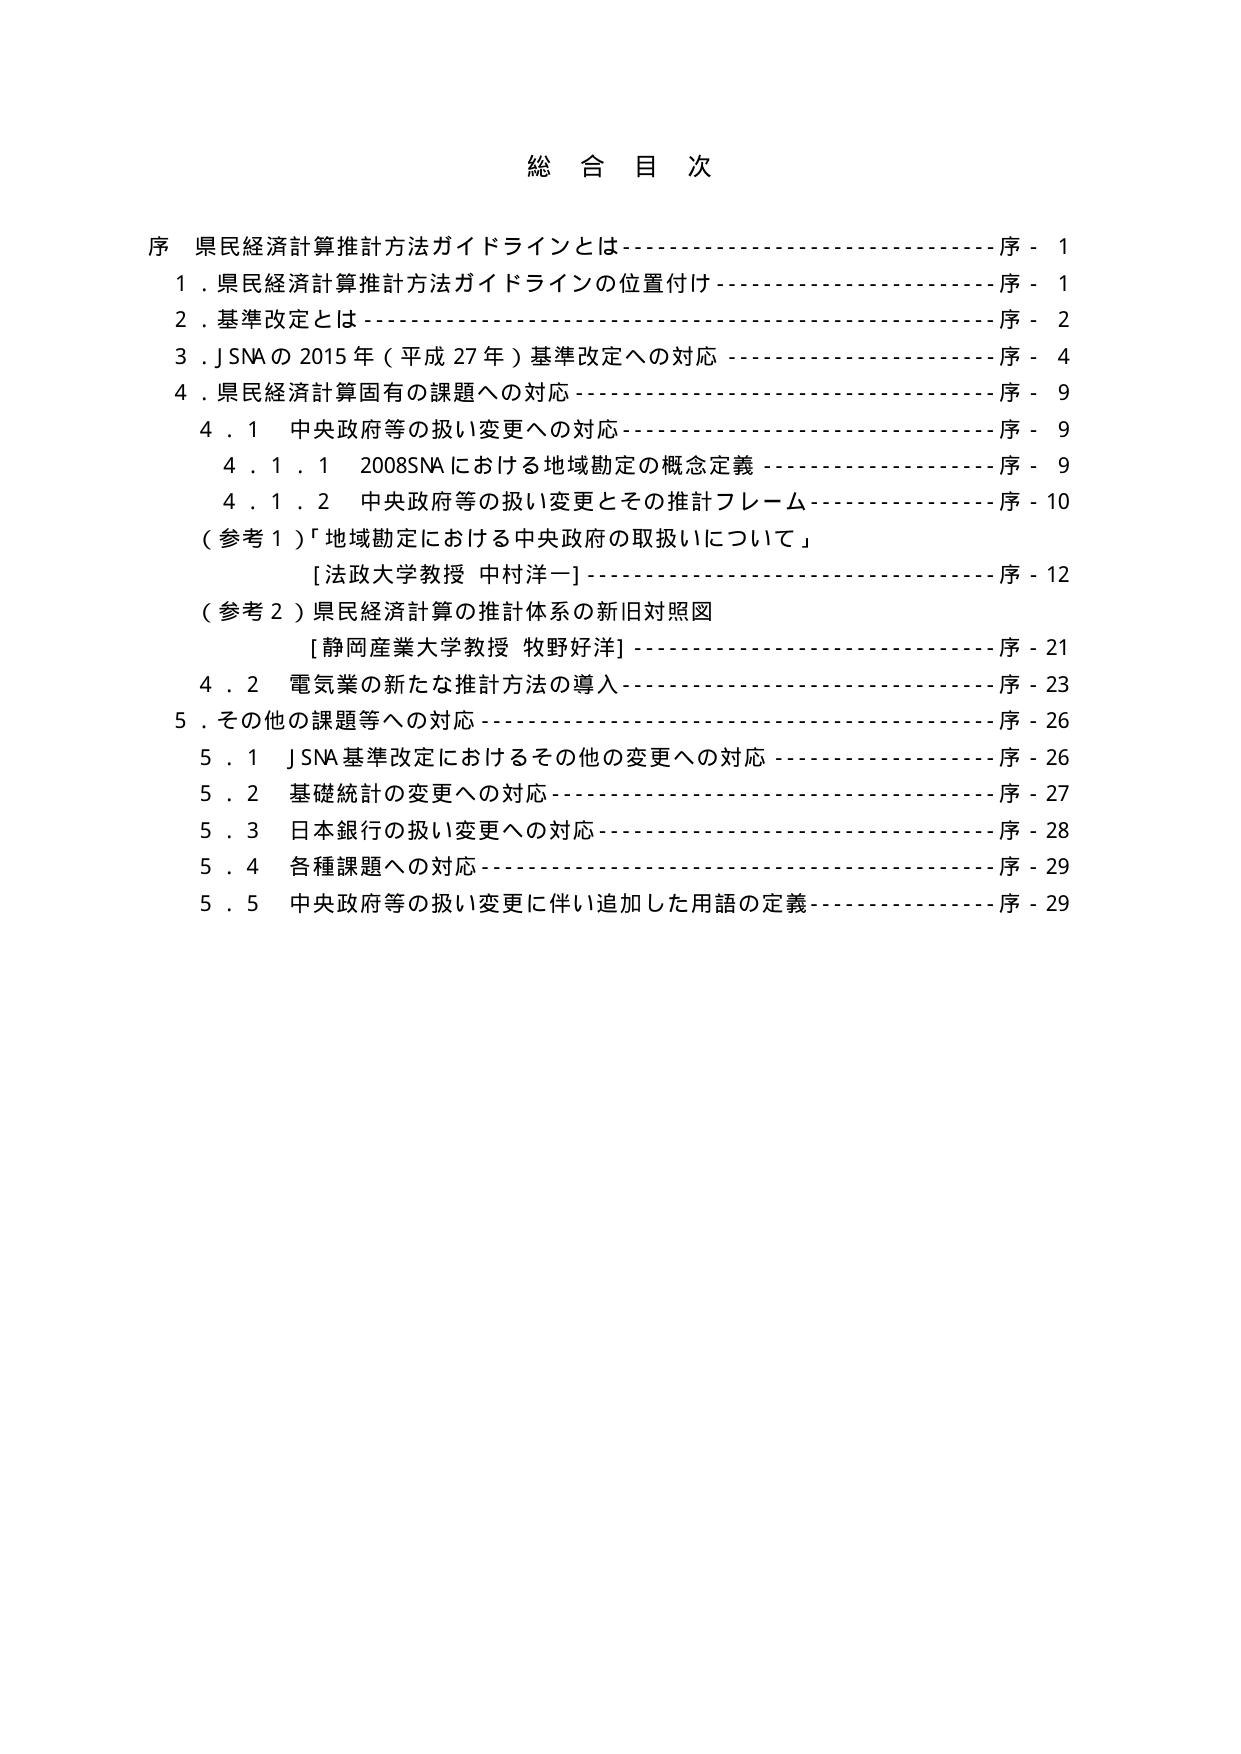
総合目次

序 県民経済計算推計方法ガイドラインとは--------------------------序-1
1．県民経済計算推計方法ガイドラインの位置付け------------------序-1
2．基準改定とは-----------------------------------------------序-2
3．J SNAの2015年（平成27年）基準改定への対応------------------序-4
4．県民経済計算固有の課題への対応-----------------------------序-9
　4．1 中央政府等の扱い変更への対応-----------------------------序-9
　　4．1．1 2008SNAにおける地域勘定の概念定義------------------序-9
　　4．1．2 中央政府等の扱い変更とその推計フレーム-------------序-10
　（参考1）「地域勘定における中央政府の取扱いについて」
　　　[法政大学教授 中村洋一]----------------------------------序-12
　（参考2）県民経済計算の推計体系の新旧対照図
　　　[静岡産業大学教授 牧野好洋]------------------------------序-21
　4．2 電気業の新たな推計方法の導入-----------------------------序-23
5．その他の課題等への対応--------------------------------------序-26
　5．1 J SNA基準改定におけるその他の変更への対応---------------序-26
　5．2 基礎統計の変更への対応----------------------------------序-27
　5．3 日本銀行の扱い変更への対応------------------------------序-28
　5．4 各種課題への対応-----------------------------------------序-29
　5．5 中央政府等の扱い変更に伴い追加した用語の定義-------------序-29